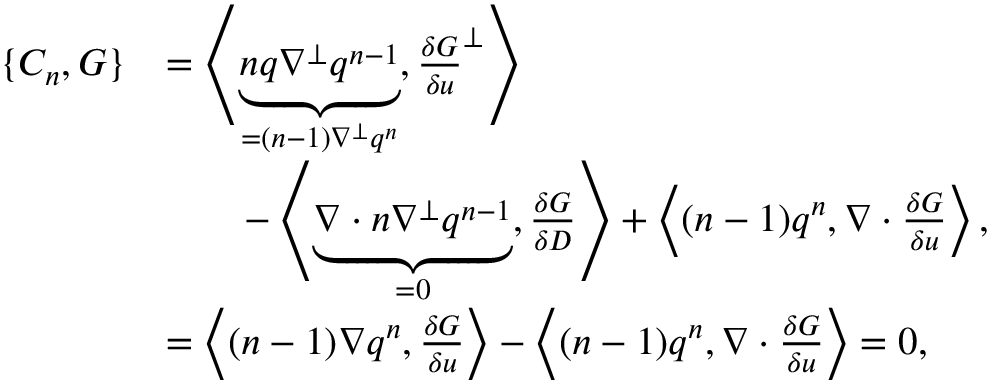
\begin{array} { r l } { \{ C _ { n } , G \} } & { = \left\langle \underbrace { n q \nabla ^ { \perp } q ^ { n - 1 } } _ { = ( n - 1 ) \nabla ^ { \perp } q ^ { n } } , \frac { \delta G } { \delta u } ^ { \perp } \right\rangle } \\ & { \qquad - \left\langle \underbrace { \nabla \cdot n \nabla ^ { \perp } q ^ { n - 1 } } _ { = 0 } , \frac { \delta G } { \delta D } \right\rangle + \left\langle ( n - 1 ) q ^ { n } , \nabla \cdot \frac { \delta G } { \delta u } \right\rangle , } \\ & { = \left\langle ( n - 1 ) \nabla q ^ { n } , \frac { \delta G } { \delta u } \right\rangle - \left\langle ( n - 1 ) q ^ { n } , \nabla \cdot \frac { \delta G } { \delta u } \right\rangle = 0 , } \end{array}